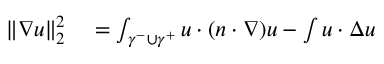
\begin{array} { r l } { \| \nabla u \| _ { 2 } ^ { 2 } } & { { } = \int _ { \gamma ^ { - } \cup \gamma ^ { + } } u \cdot ( n \cdot \nabla ) u - \int u \cdot \Delta u } \end{array}